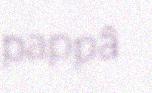
pappâ